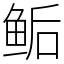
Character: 鲘